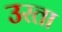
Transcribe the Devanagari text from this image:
उरता